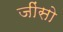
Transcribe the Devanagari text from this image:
जींसो